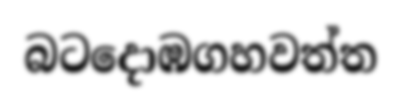
බටදොඹගහවත්ත